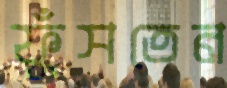
ফুঁসতেন